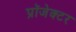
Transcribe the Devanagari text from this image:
प्रॉजेक्टर